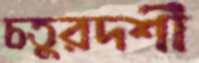
চতুরদর্শী